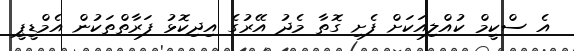
އެ ސްކީމް ކުއްލިއަކަށް ފެށި ގޮތާ މެދު އޭރުގެ އިދިކޮޅު ފަރާތްތަކުން އެމްޑީޕީ